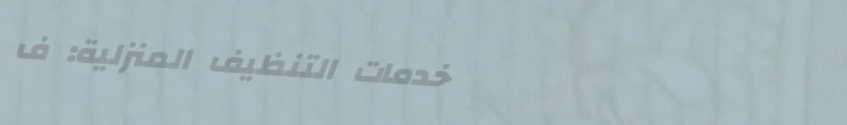
خدمات التنظيف المنزلية: ف